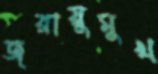
জরায়ুমুখ